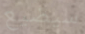
سيضيع